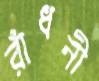
রাঁধনী